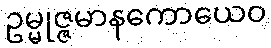
ဥမ္မုဇ္ဇမာနကောယေဝ